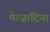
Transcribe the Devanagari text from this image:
मेत्ज़ाद्रिया